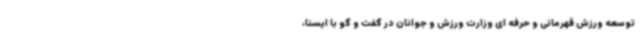
توسعه ورزش قهرمانی و حرفه ای وزارت ورزش و جوانان در گفت و گو با ایسنا،